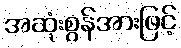
အဆုံးစွန်အားဖြင့်